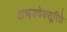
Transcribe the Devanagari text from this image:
अभयदेवसूरिके